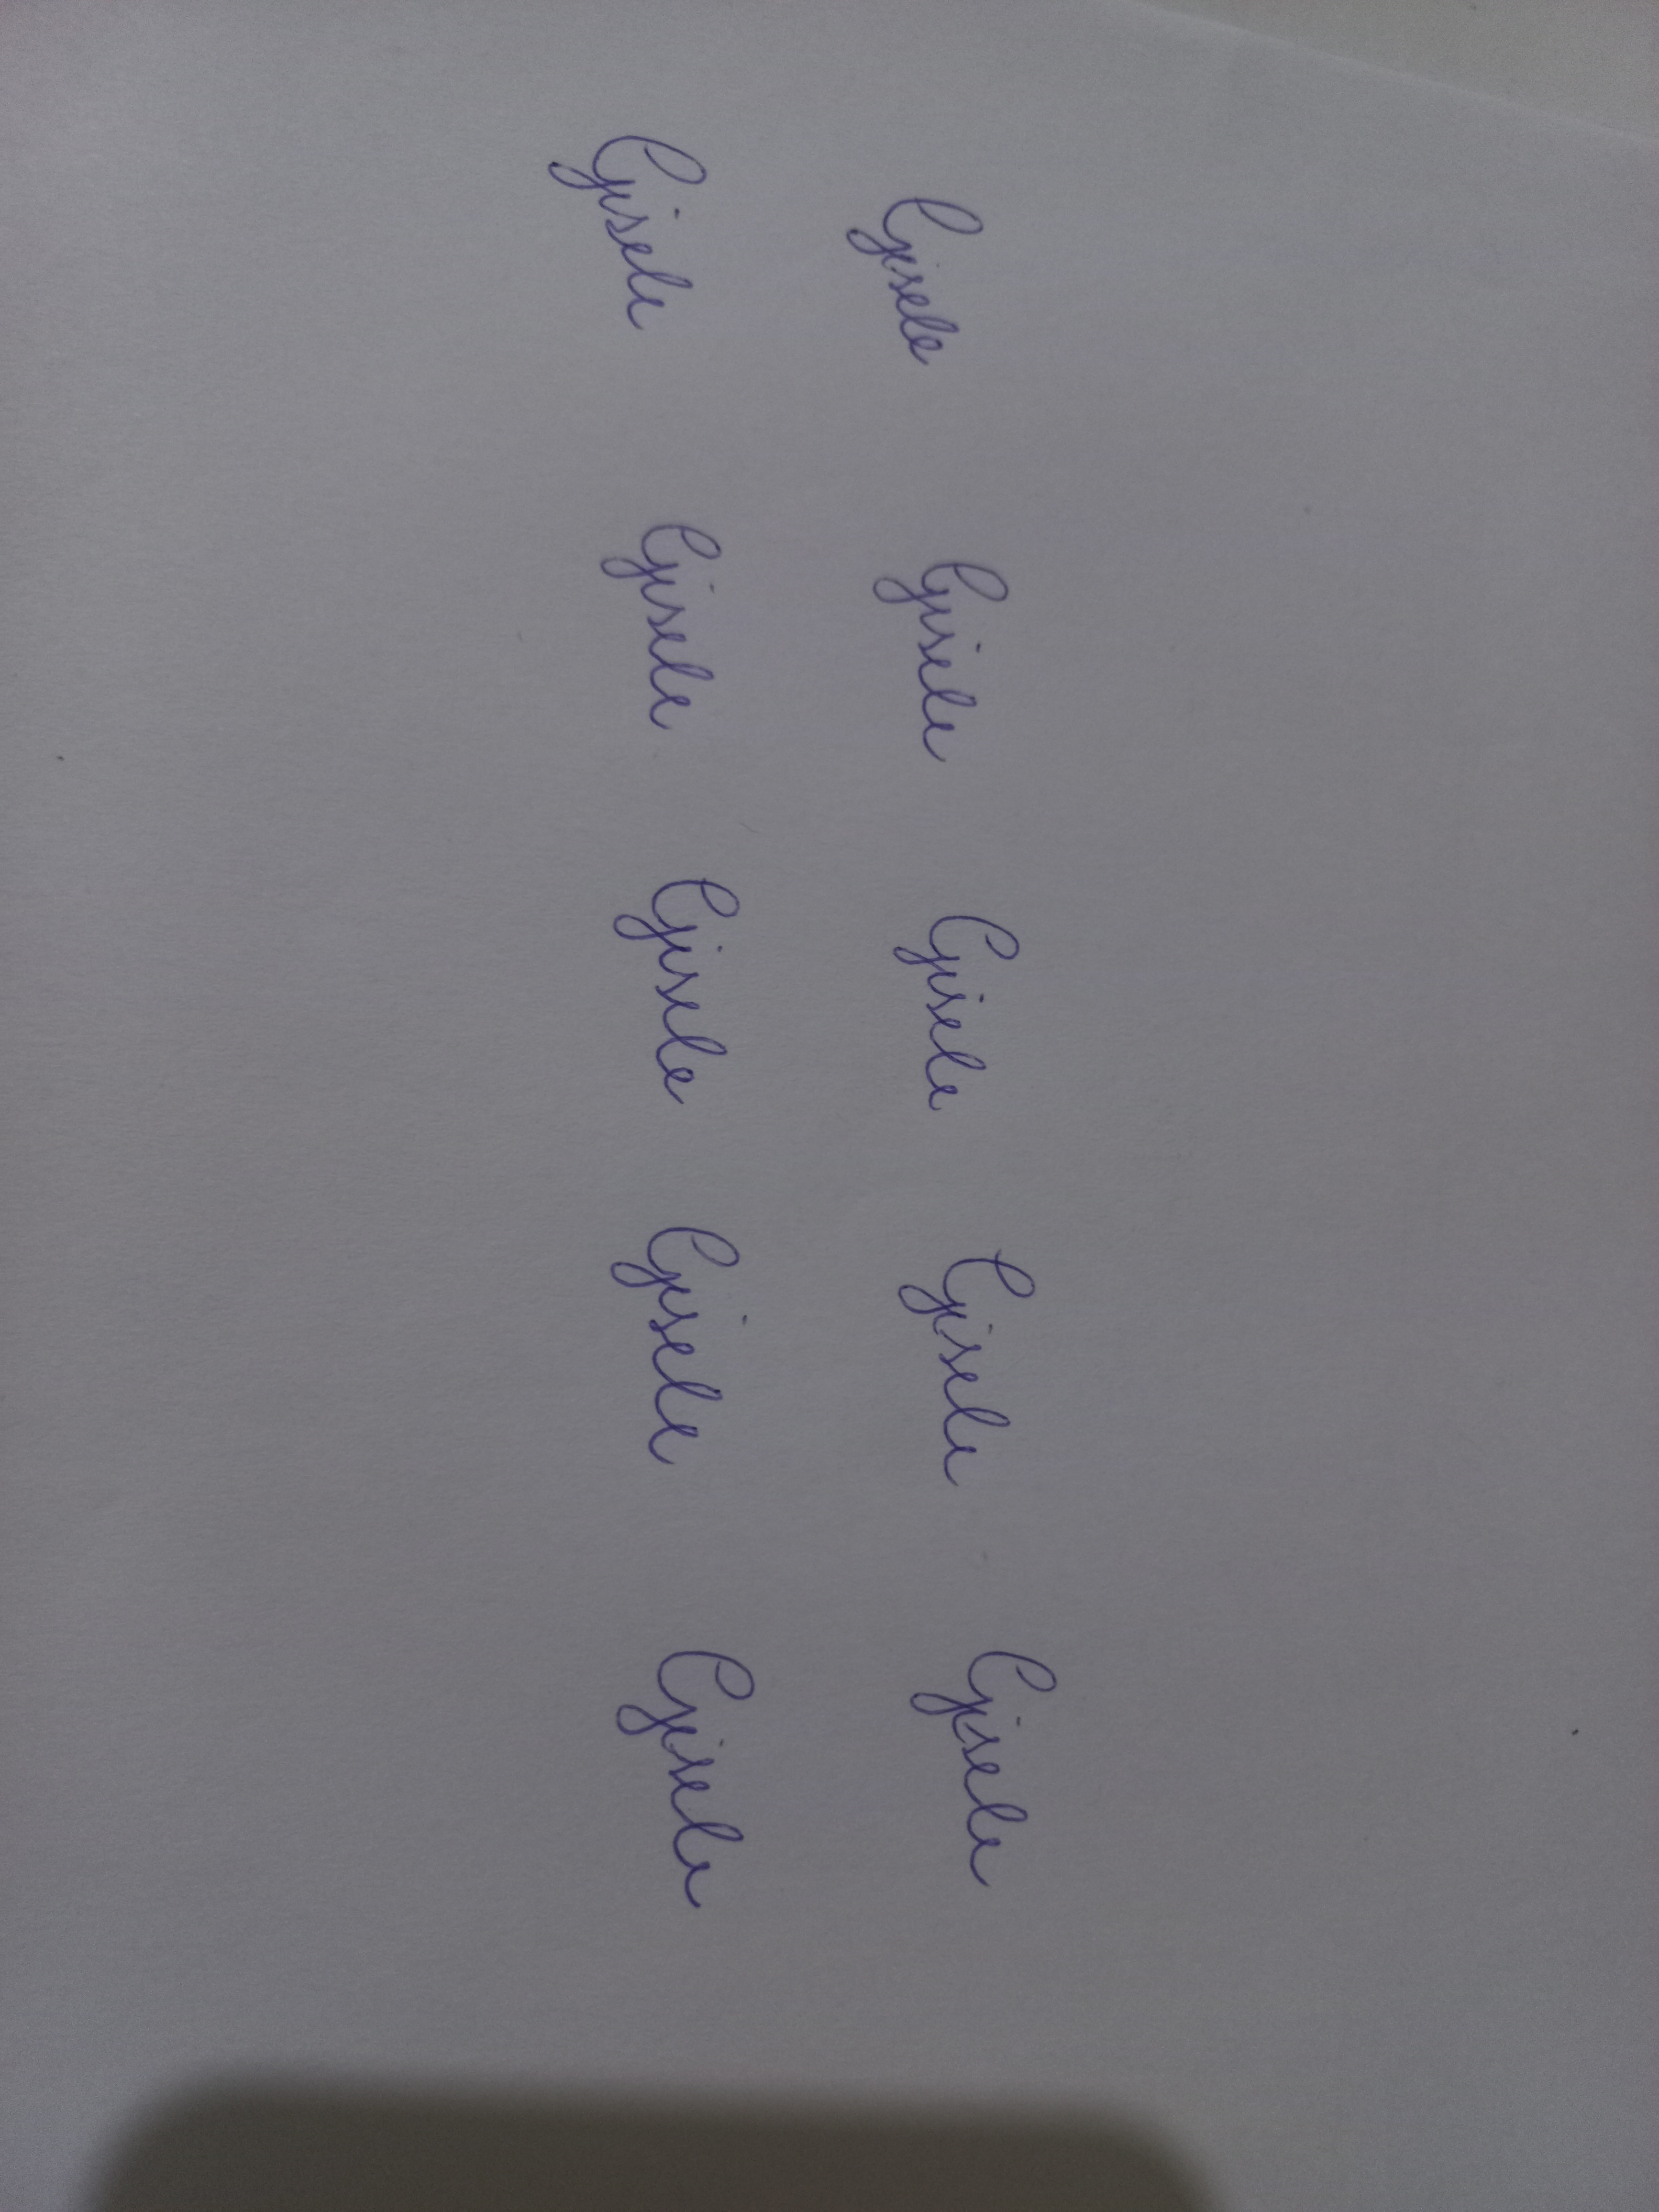
Signature authenticity: genuine